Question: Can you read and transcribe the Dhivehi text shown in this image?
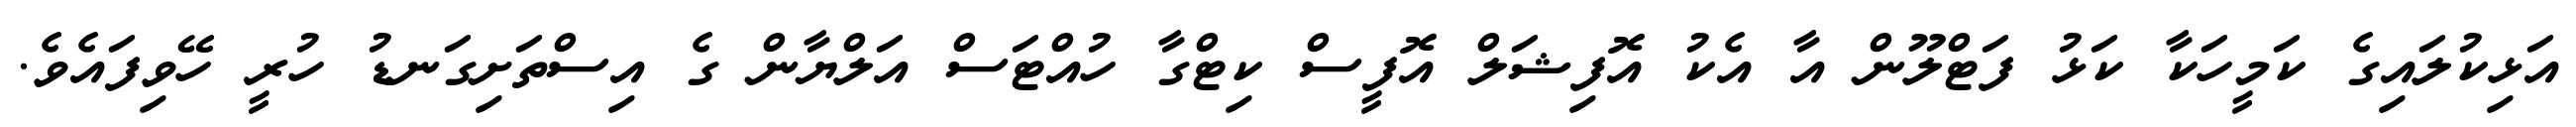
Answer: އަޅިކުލައިގެ ކަމީހަކާ ކަޅު ފަޓްލޫން އާ އެކު އޮފިޝަލް އޮފީސް ކިޓްގާ ހުއްޓަސް އަލްޔާން ގެ އިސްތަށިގަނޑު ހުރީ ހޭވިފައެވެ.